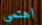
اهتمي